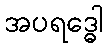
အပရဒ္ဓေါ